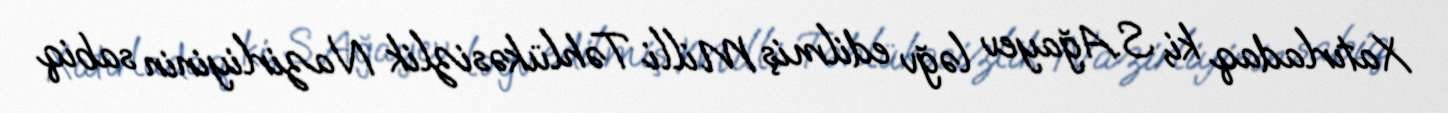
Xatırladaq ki, S.Ağayev ləğv edilmiş Milli Təhlükəsizlik Nazirliyinin sabiq